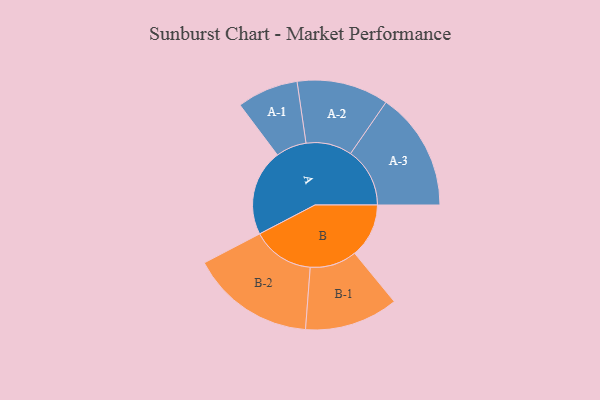
{"axis": {"x": "Segment", "y": "Value"}, "legend": ["", "A", "B"], "data": [{"x": "A", "y": 389, "type": ""}, {"x": "B", "y": 244, "type": ""}, {"x": "A-1", "y": 138, "type": "A"}, {"x": "A-2", "y": 207, "type": "A"}, {"x": "A-3", "y": 267, "type": "A"}, {"x": "B-1", "y": 211, "type": "B"}, {"x": "B-2", "y": 280, "type": "B"}]}